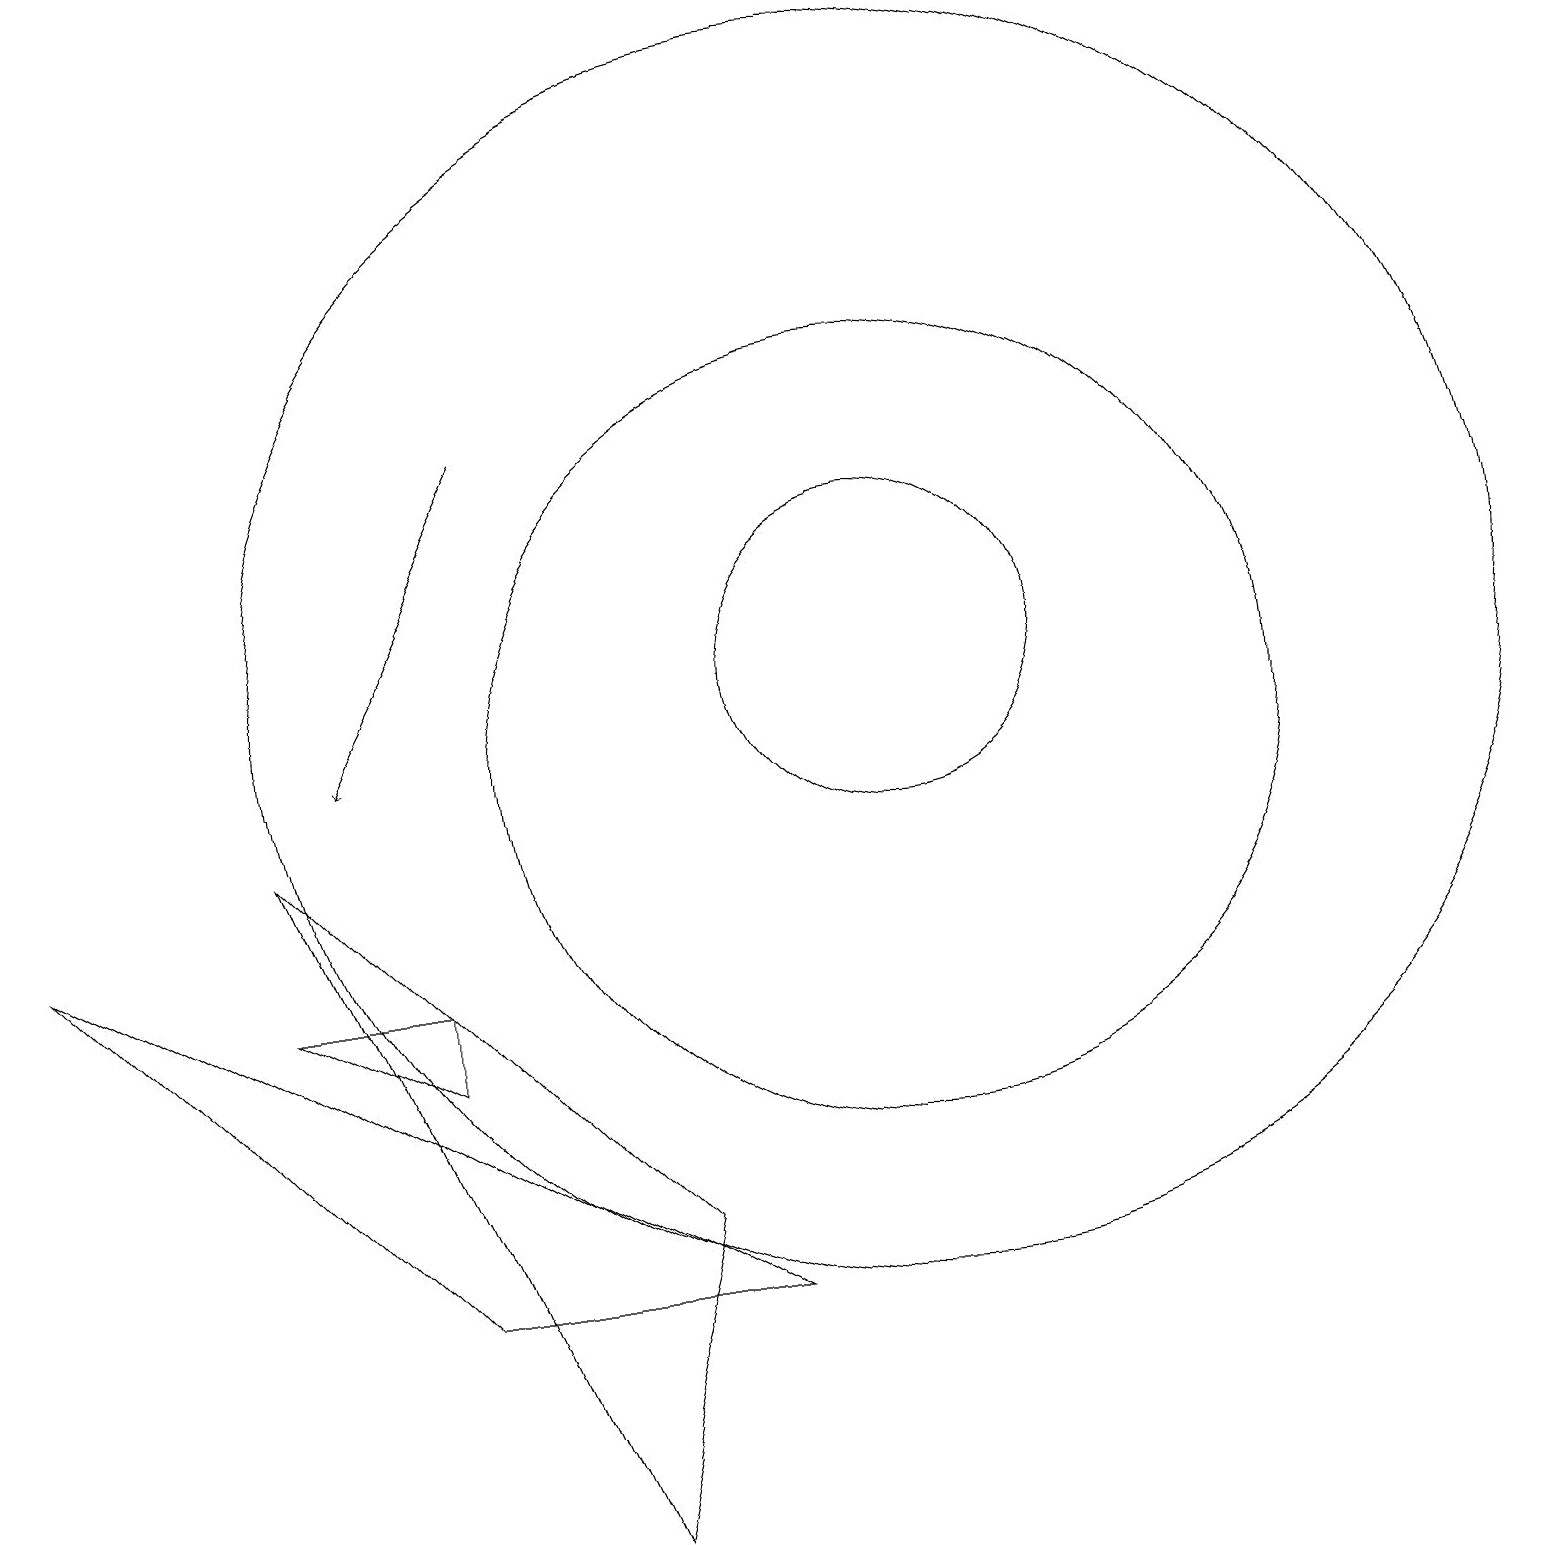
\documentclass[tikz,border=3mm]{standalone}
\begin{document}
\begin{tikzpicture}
\draw (11,11) circle (2);
\draw (11,11) circle (8);
\draw (5,3) -- (9,3) -- (0,8) -- cycle;
\draw (8,4) -- (3,9) -- (7,0) -- cycle;
\draw (11,10) circle (5);
\draw (3,7) -- (5,6) -- (5,7) -- cycle;
\draw[->] (6,14) -- (4,10);
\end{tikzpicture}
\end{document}